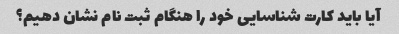
آیا باید کارت شناسایی خود را هنگام ثبت نام نشان دهیم؟